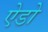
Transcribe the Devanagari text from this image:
ऐडो